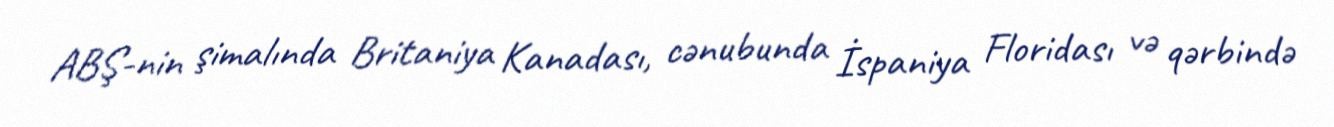
ABŞ-nin şimalında Britaniya Kanadası, cənubunda İspaniya Floridası və qərbində